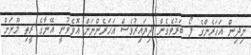
ނިދިން އަހަރެންގެ ލޯ ބަރުވެގެން ދިޔައިރުވެސް އަހަރެންނަށް އޮވެވުނީ އޭނާގެ ރީތި މޫނަށް